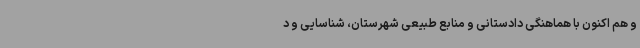
و هم اکنون با هماهنگی دادستانی و منابع طبیعی شهرستان، شناسایی و د